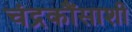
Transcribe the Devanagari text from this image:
चंद्रकौंसाशी